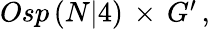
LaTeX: \begin{array}{ccc}{{Osp\left(N\vert 4\right)\, \times\, G^{\prime}}}\end{array}\, ,